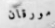
مورقان